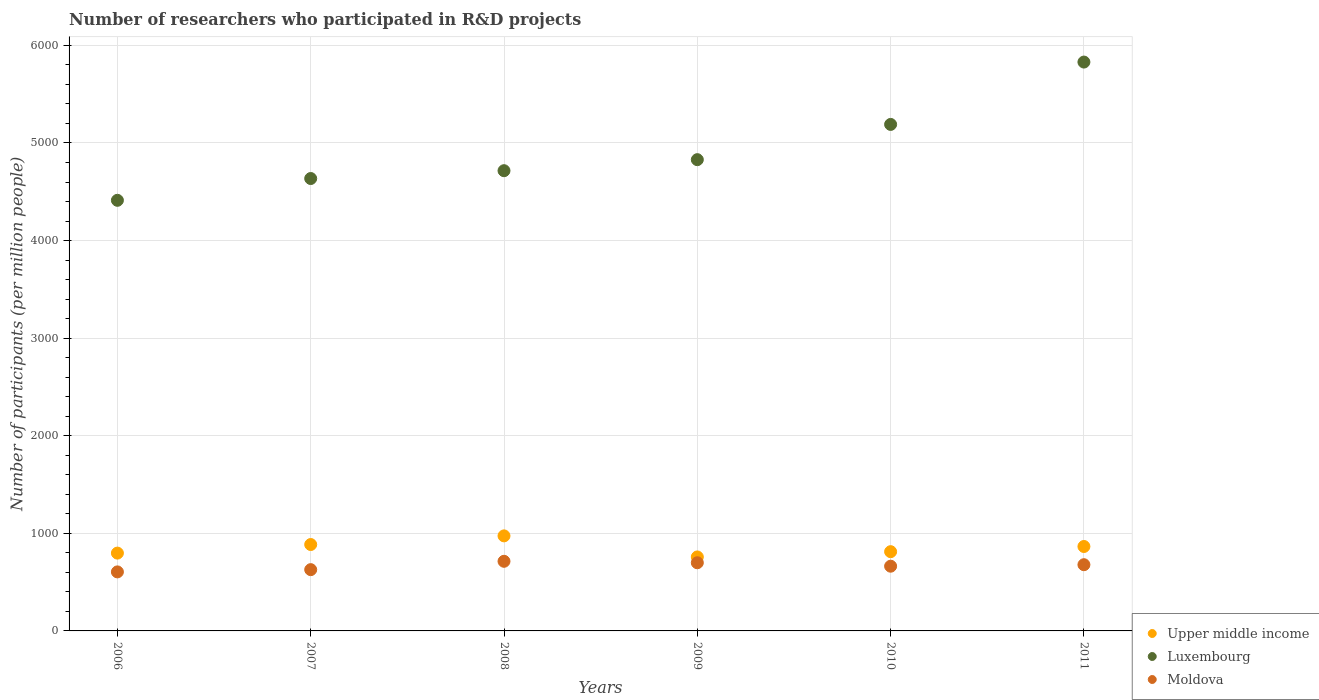
| Years | Upper middle income | Luxembourg | Moldova |
 | --- | --- | --- | --- |
 | 2006 | 797 | 4.41e+03 | 605 |
 | 2007 | 885 | 4.64e+03 | 628 |
 | 2008 | 974 | 4.72e+03 | 713 |
 | 2009 | 758 | 4.83e+03 | 699 |
 | 2010 | 812 | 5.19e+03 | 663 |
 | 2011 | 865 | 5.83e+03 | 679 |